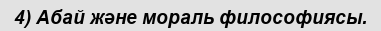
4) Абай және мораль философиясы.